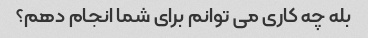
بله چه کاری می توانم برای شما انجام دهم؟